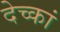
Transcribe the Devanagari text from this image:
देच्कां